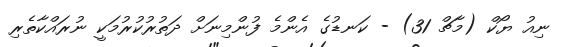
ނިއު ޔޯކް (މާޗް 31) - ކަނޑުގެ އެންމެ ފުންމިނަށް ދަތުރުކުރުމަކީ ނުރައްކާތެރި